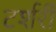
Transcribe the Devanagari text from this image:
टर्शरी